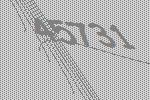
45731